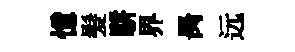
憶髪駢界昺远